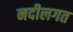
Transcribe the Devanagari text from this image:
नदीलगत